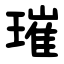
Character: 璀